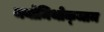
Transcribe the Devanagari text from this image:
थयोमिथोक्‍जाम